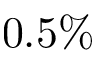
0 . 5 \%